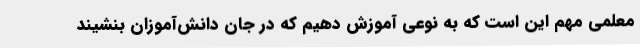
معلمی مهم این است که به نوعی آموزش دهیم که در جان دانش‌آموزان بنشیند